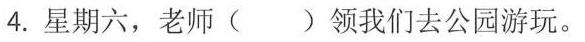
4.星期六，老师( )领我们去公园游玩。